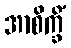
အာစိက္ခိံ